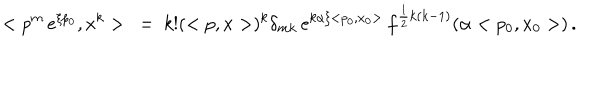
< p ^ { m } \, e ^ { \xi p _ { 0 } } , x ^ { k } > \ = \ k ! ( < p , x > ) ^ { k } \delta _ { m k } \, e ^ { k \alpha \xi < p _ { 0 } , x _ { 0 } > } \, f ^ { \frac { 1 } { 2 } k ( k - 1 ) } ( \alpha < p _ { 0 } , x _ { 0 } > ) \, .